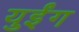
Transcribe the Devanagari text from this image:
युईंग